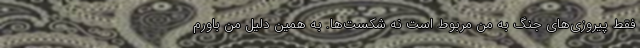
فقط پیروزی‌های جنگ به من مربوط است نه شکست‌ها. به همین دلیل من باورم